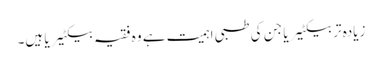
زیادہ تر بیکٹیریا جن کی طبی اہمیت ہے وہ فقیہ بیکٹیریا ہیں۔